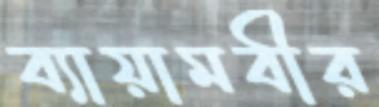
ব্যায়ামবীর